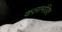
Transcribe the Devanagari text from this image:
कलामंडित